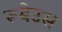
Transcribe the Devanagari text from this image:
रूबेउस